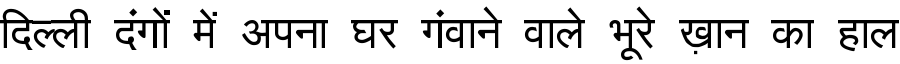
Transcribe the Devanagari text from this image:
दिल्ली दंगों में अपना घर गंवाने वाले भूरे ख़ान का हाल